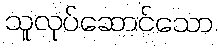
သူလုပ်ဆောင်သော